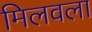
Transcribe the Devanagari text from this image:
मिलवला